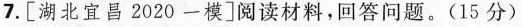
7. [湖北宜昌2020 一模]阅读材料，回答问题。(15分)